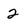
Character: 2